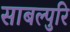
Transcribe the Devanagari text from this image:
साबल्पुरि